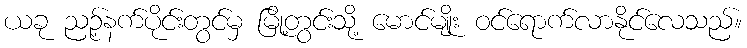
ယခု ညဉ့်နက်ပိုင်းတွင်မှ မြို့တွင်းသို့ မောင်မျိုး ဝင်ရောက်လာနိုင်လေသည်။